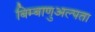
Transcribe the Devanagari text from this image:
बिम्बाणुअल्पता